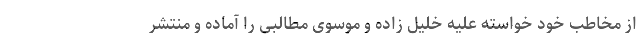
از مخاطب خود خواسته علیه خلیل زاده و موسوی مطالبی را آماده و منتشر